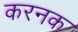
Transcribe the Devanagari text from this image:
करनक